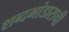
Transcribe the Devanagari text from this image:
शब्दभांडाराची